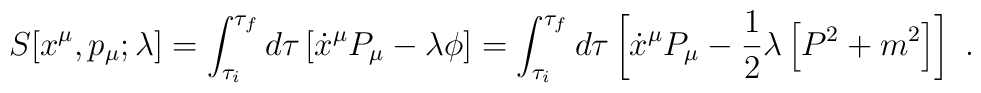
S[x^\mu,p_\mu;\lambda]=\int_{\tau_i}^{\tau_f}d\tau\left[\dot{x}^\mu P_\mu-\lambda\phi\right]=\int_{\tau_i}^{\tau_f}d\tau\left[\dot{x}^\mu P_\mu-\frac{1}{2}\lambda\left[P^2+m^2\right]\right]\ .